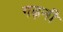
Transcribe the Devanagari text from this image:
गढ़नी